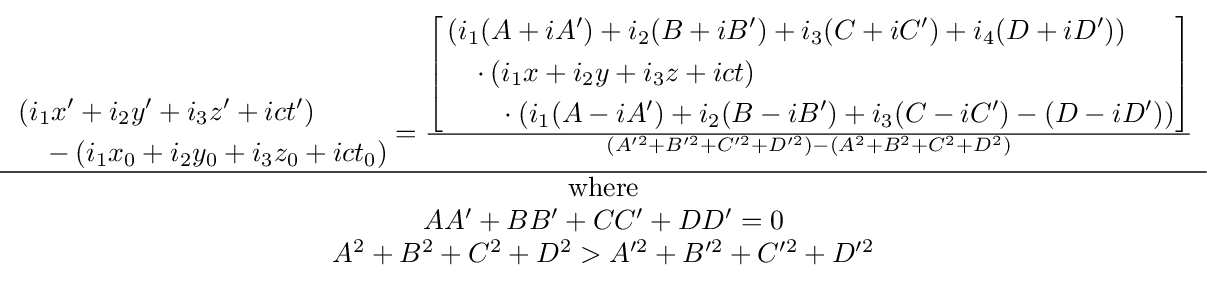
{\begin{matrix}{\begin{aligned}&\left(i_{1}x'+i_{2}y'+i_{3}z'+ict'\right)\\&\quad -\left(i_{1}x_{0}+i_{2}y_{0}+i_{3}z_{0}+ict_{0}\right)\end{aligned}}={\frac {\left[{\begin{aligned}&\left(i_{1}(A+iA')+i_{2}(B+iB')+i_{3}(C+iC')+i_{4}(D+iD')\right)\\&\quad \cdot \left(i_{1}x+i_{2}y+i_{3}z+ict\right)\\&\quad \quad \cdot \left(i_{1}(A-iA')+i_{2}(B-iB')+i_{3}(C-iC')-(D-iD')\right)\end{aligned}}\right]}{\left(A^{\prime 2}+B^{\prime 2}+C^{\prime 2}+D^{\prime 2}\right)-\left(A^{2}+B^{2}+C^{2}+D^{2}\right)}}\\\hline {\text{where}}\\AA'+BB'+CC'+DD'=0\\A^{2}+B^{2}+C^{2}+D^{2}>A^{\prime 2}+B^{\prime 2}+C^{\prime 2}+D^{\prime 2}\end{matrix}}